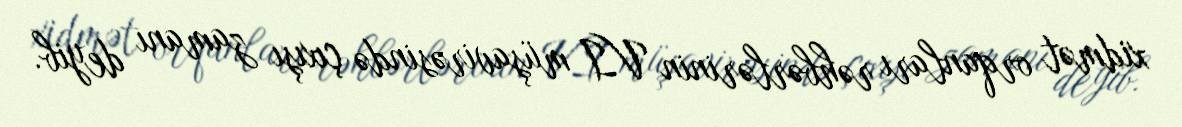
xidmət orqanları rəhbərlərinin VI müşavirəsində çıxışı zamanı deyib.